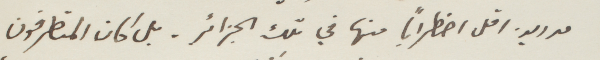
مدريد اقل اضطرابًا منها في تلك الجزائر. بل كان المتطرفون